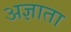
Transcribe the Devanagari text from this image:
अज्ञाता